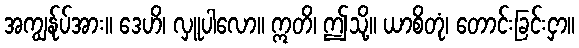
အကျွန်ုပ်အား။ ဒေဟိ၊ လှူပါလော။ ဣတိ၊ ဤသို့။ ယာစိတုံ၊ တောင်းခြင်းငှာ။